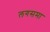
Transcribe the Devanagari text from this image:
लगसमा